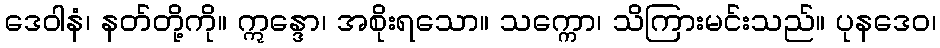
ဒေဝါနံ၊ နတ်တို့ကို။ ဣန္ဒော၊ အစိုးရသော။ သက္ကော၊ သိကြားမင်းသည်။ ပုနဒေဝ၊